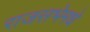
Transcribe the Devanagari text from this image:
राजसभेमधे